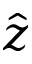
\hat { z }